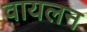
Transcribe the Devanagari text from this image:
वायलन